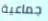
جماعية